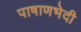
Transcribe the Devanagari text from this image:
पाषाणभेदी